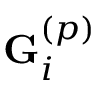
\mathbf { G } _ { i } ^ { \left( p \right) }